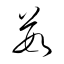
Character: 茹